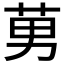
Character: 莮